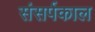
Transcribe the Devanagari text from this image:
संसर्पकाल